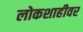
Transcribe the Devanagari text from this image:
लोकशाहीवर